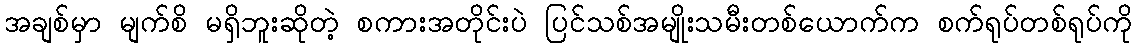
အချစ်မှာ မျက်စိ မရှိဘူးဆိုတဲ့ စကားအတိုင်းပဲ ပြင်သစ်အမျိုးသမီးတစ်ယောက်က စက်ရုပ်တစ်ရုပ်ကို